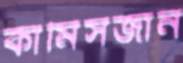
কামিসজান